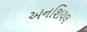
અનશિયલ